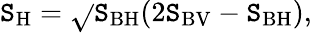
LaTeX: \mathtt{S}_{\mathrm{{H}}}=\sqrt{}{{\mathtt{S}_{\mathrm{{BH}}}(2\mathtt{S}_{\mathrm{{BV}}}-\mathtt{S}_{\mathrm{{BH}}})}},